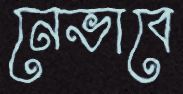
নেভাবে